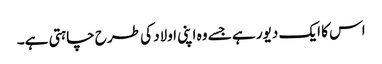
اس کا ایک دیور ہے جسے وہ اپنی اولاد کی طرح چاہتی ہے۔